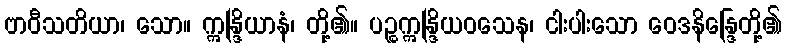
ဗာဝီသတိယာ၊ သော။ ဣန္ဒြိယာနံ၊ တို့၏။ ပဉ္စဣန္ဒြိယဝသေန၊ ငါးပါးသော ဝေဒနိန္ဒြေတို့၏